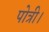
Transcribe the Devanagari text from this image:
पोत्री।